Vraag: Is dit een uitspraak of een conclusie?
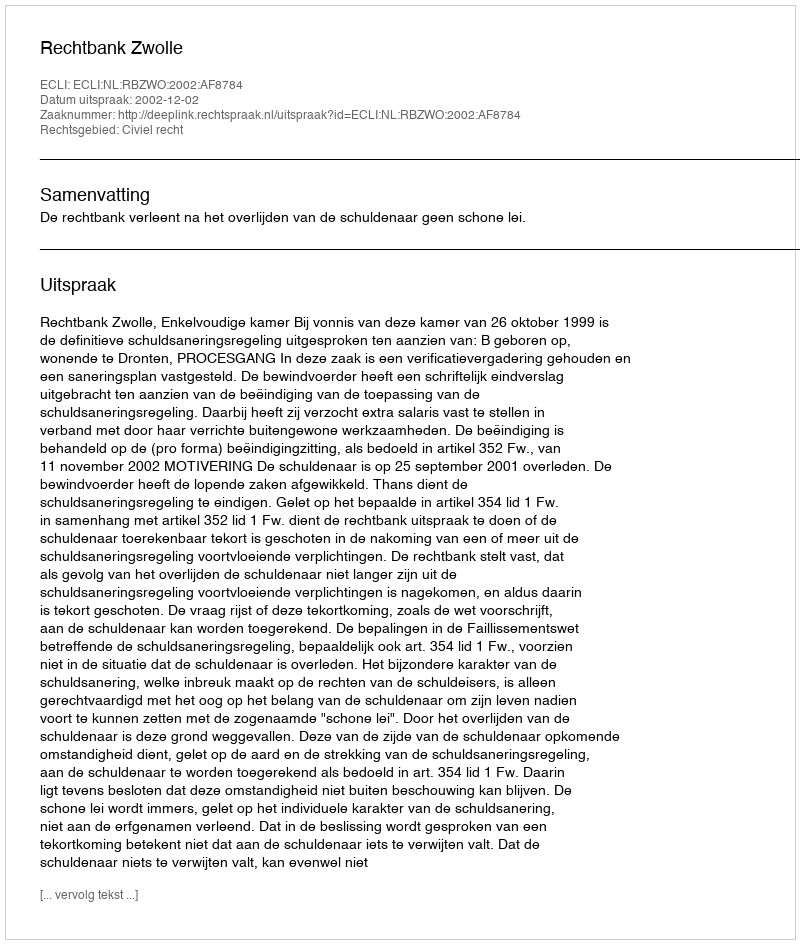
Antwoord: Uitspraak